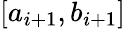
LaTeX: [a_{i+1},b_{i+1}]